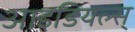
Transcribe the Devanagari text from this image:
आइडियल्स्‌